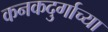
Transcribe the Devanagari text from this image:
कनकदुर्गाच्या